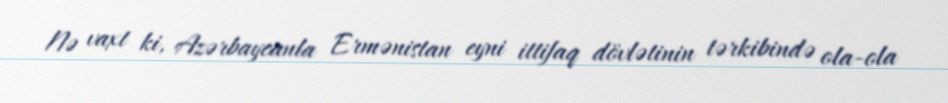
Nə vaxt ki, Azərbaycanla Ermənistan eyni ittifaq dövlətinin tərkibində ola-ola